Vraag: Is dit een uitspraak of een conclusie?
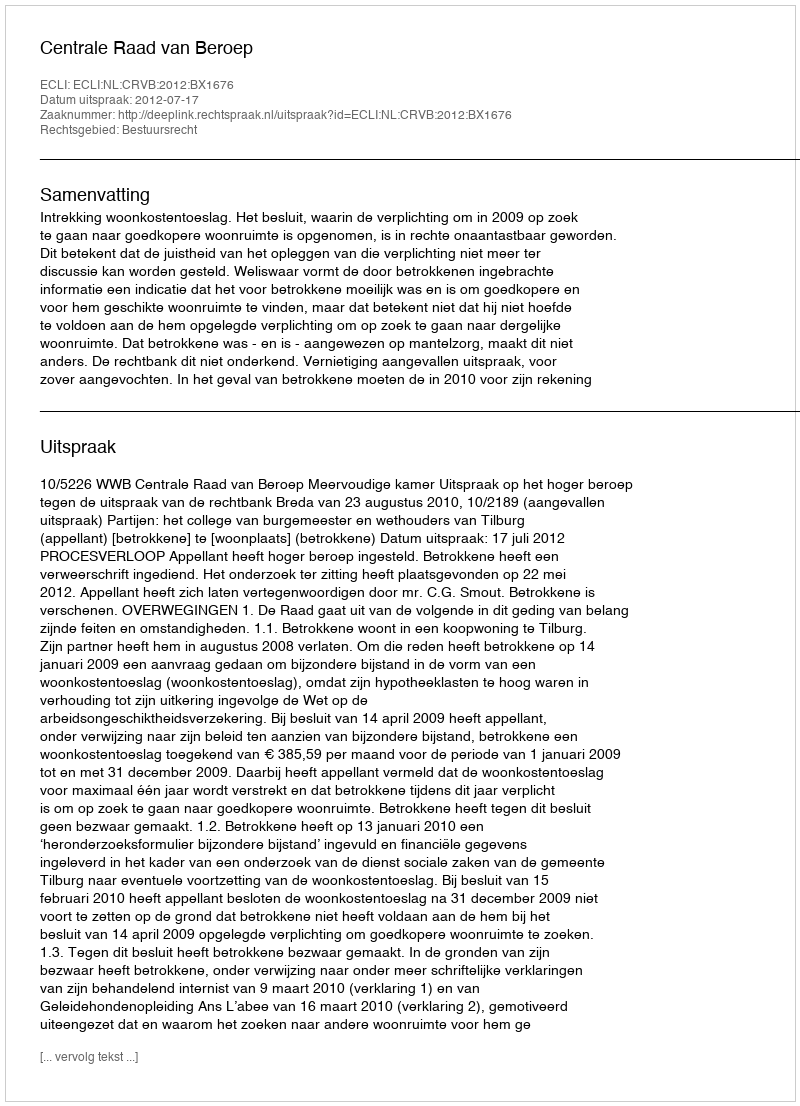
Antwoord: Uitspraak